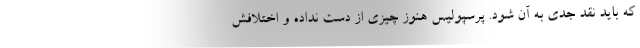
که باید نقد جدی به آن شود. پرسپولیس هنوز چیزی از دست نداده و اختلافش